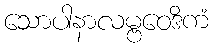
သောပါနာလမ္ဗဝေဒိကံ